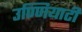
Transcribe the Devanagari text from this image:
उण्णियाटी